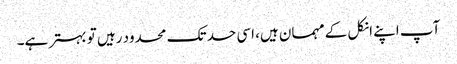
آپ اپنے انکل کے مہمان ہیں، اسی حد تک محدود رہیں تو بہتر ہے۔